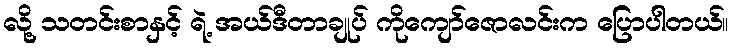
လို့ သတင်းစာနှင့် ရဲ့ အယ်ဒီတာချုပ် ကိုကျော်ဇောလင်းက ပြောပါတယ်။